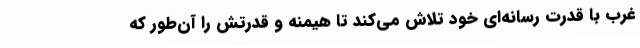
غرب با قدرت رسانه‌ای خود تلاش می‌کند تا هیمنه و قدرتش را آن‌طور که